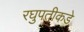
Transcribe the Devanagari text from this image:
रघुपतीकडे